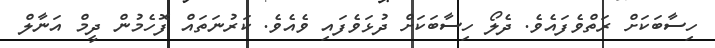
ހިސާބަކަށް ރަތްވެފައެވެ. ދެލޯ ހިސާބަކަށް ދުޅަވެފައި ވެއެވެ. ކަރުނަތައް ފޮހެމުން ދީމް އަނާލް